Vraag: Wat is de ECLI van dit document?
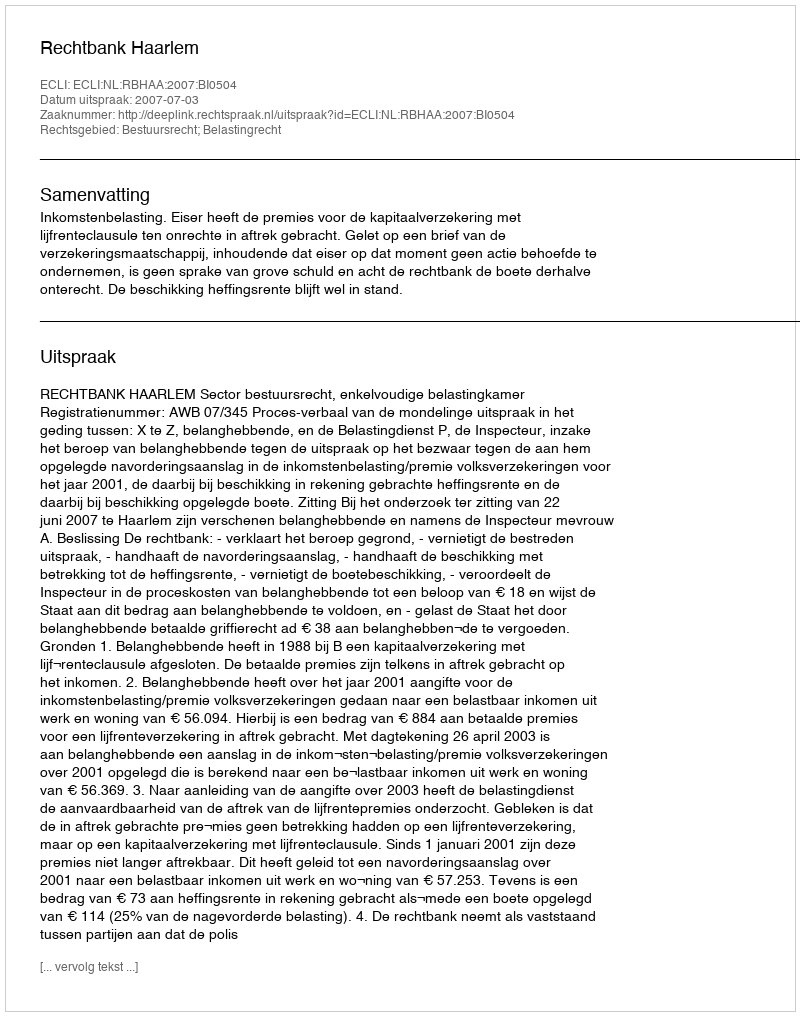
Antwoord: ECLI:NL:RBHAA:2007:BI0504